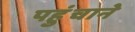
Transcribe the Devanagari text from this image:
पहुुंचाने